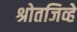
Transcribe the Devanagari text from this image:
श्रोतजिव्हे